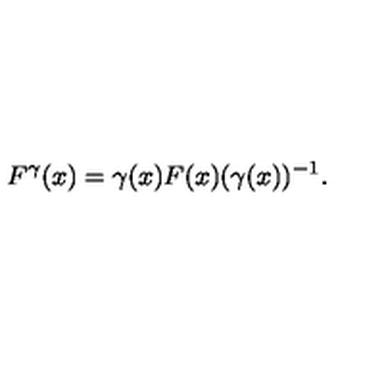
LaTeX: F ^ { \gamma } ( x ) = \gamma ( x ) F ( x ) ( \gamma ( x ) ) ^ { - 1 } .